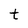
Character: t